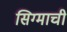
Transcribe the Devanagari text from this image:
सिग्माची